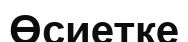
Өсиетке